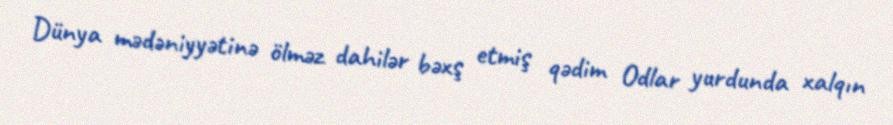
Dünya mədəniyyətinə ölməz dahilər bəxş etmiş qədim Odlar yurdunda xalqın